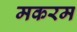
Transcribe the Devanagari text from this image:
मकरम